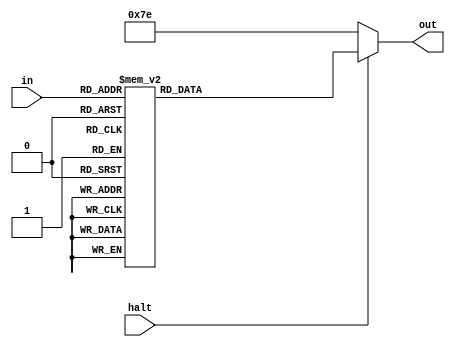
module Display(in, out, halt);

	input halt;
	input [3:0] in;
	output reg [6:0] out;

	always@(*) begin
		if(halt) begin
			case (in)
				4'b0000: out = 7'b0000001;
				4'b0001: out = 7'b1001111;
				4'b0010: out = 7'b0010010;
				4'b0011: out = 7'b0000110;
				4'b0100: out = 7'b1001100;
				4'b0101: out = 7'b0100100;
				4'b0110: out = 7'b0100000;
				4'b0111: out = 7'b0001111;
				4'b1000: out = 7'b0000000;
				4'b1001: out = 7'b0001100;
				default: out = 7'b1111111;
			endcase
		end
		else
			out = 7'b1111110;
	end
	
endmodule